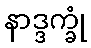
နာဒ္ဒက္ခုံ